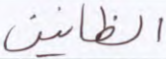
الظانين